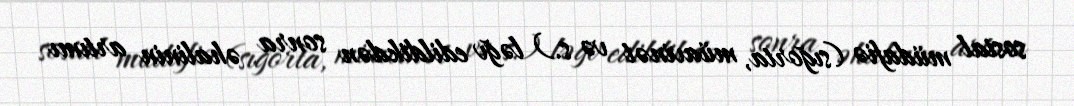
sosial müdafiə (sığorta, müavinət və s.) ləğv edildikdən sonra əhalinin artımı